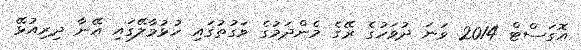
އޮގަސްޓް 2014 ވަނަ ދުވަހުގެ ރޭގެ މެންދަމުގެ ވަގުތުގައި ހުޅުމާލޭގައި އޭނާ ދިރިއުޅޭ